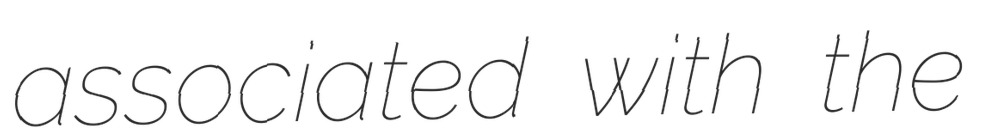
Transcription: associated with the